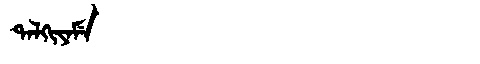
Manchu: ᡨᠠᠯᡴᡳᠶᠠᠮᡝ
Romanization: TALKIYAME